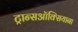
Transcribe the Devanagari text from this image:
ट्रान्सऑक्सियाना